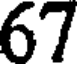
67